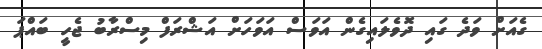
ގެއަށް ވަދެ ގައި ދޮވެލައިގެން އަވަސް އަވަހަށް އަޝްރަފް މިސްރާބު ޖެހީ ބައްޕަ